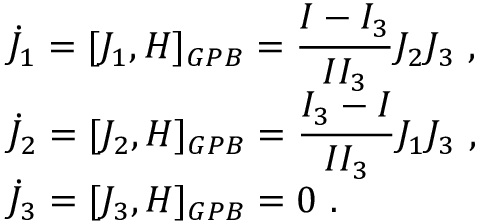
\begin{array} { l } { { \dot { J } _ { 1 } = [ J _ { 1 } , H ] _ { G P B } = \displaystyle \frac { I - I _ { 3 } } { I I _ { 3 } } J _ { 2 } J _ { 3 } ~ , } } \\ { { \dot { J } _ { 2 } = [ J _ { 2 } , H ] _ { G P B } = \displaystyle \frac { I _ { 3 } - I } { I I _ { 3 } } J _ { 1 } J _ { 3 } ~ , } } \\ { { \dot { J } _ { 3 } = [ J _ { 3 } , H ] _ { G P B } = 0 ~ . } } \end{array}